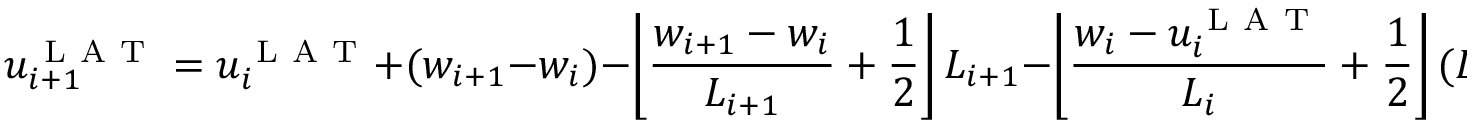
u _ { i + 1 } ^ { \mathrm { ~ L ~ A ~ T ~ } } = u _ { i } ^ { \mathrm { ~ L ~ A ~ T ~ } } + ( w _ { i + 1 } - w _ { i } ) - \left\lfloor \frac { w _ { i + 1 } - w _ { i } } { L _ { i + 1 } } + \frac { 1 } { 2 } \right\rfloor L _ { i + 1 } - \left\lfloor \frac { w _ { i } - u _ { i } ^ { \mathrm { ~ L ~ A ~ T ~ } } } { L _ { i } } + \frac { 1 } { 2 } \right\rfloor ( L _ { i + 1 } - L _ { i } ) \, .